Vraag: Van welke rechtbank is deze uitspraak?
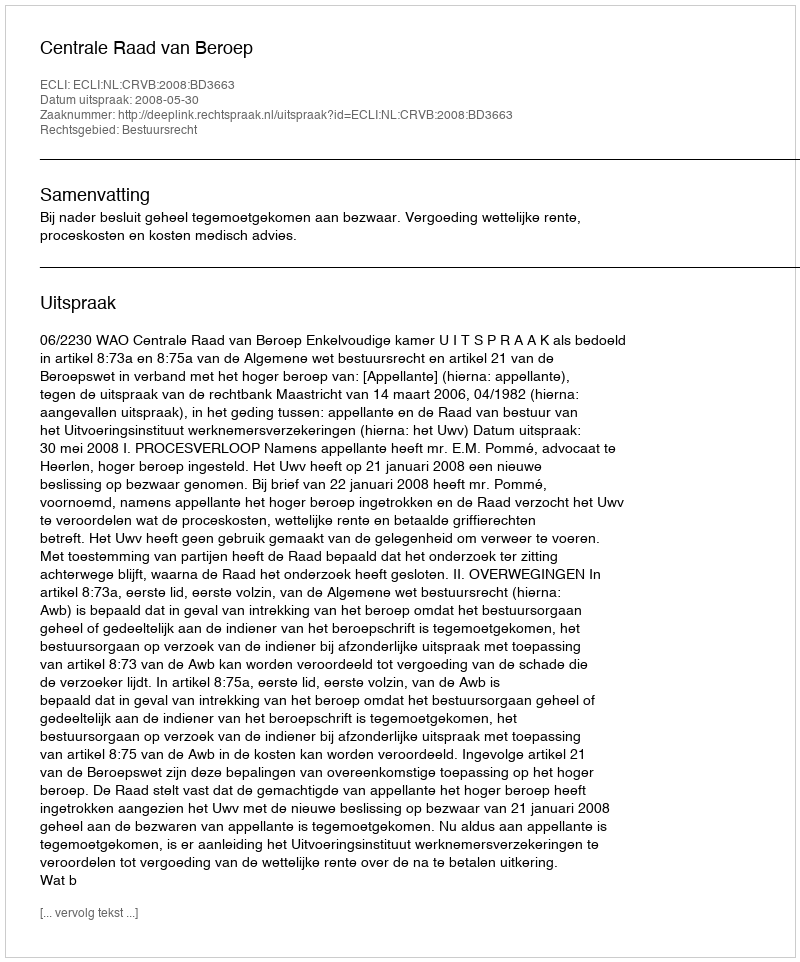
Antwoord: Centrale Raad van Beroep